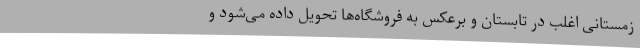
زمستانی اغلب در تابستان و برعکس به فروشگاه‌ها تحویل داده می‌شود و